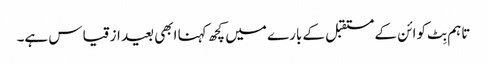
تاہم بِٹ کوائن کے مستقبل کے بارے میں کچھ کہنا ابھی بعید از قیاس ہے۔